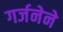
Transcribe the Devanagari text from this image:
गर्जनेने